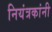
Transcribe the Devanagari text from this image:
नियंत्रकांनी